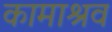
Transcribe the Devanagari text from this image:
कामाश्रव